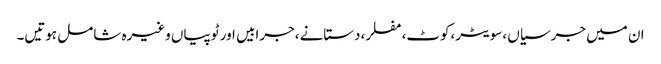
ان میں جرسیاں ،سویٹر،کوٹ،مفلر،دستانے ،جرابیں اور ٹوپیاں وغیرہ شامل ہوتیں۔